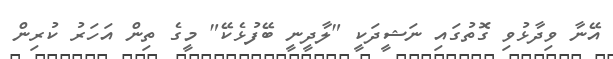
އޭނާ ވިދާޅުވި ގޮތުގައި ނަޝީދަކީ "ލާދީނީ ބޭފުޅެކޭ" މީގެ ތިން އަހަރު ކުރިން